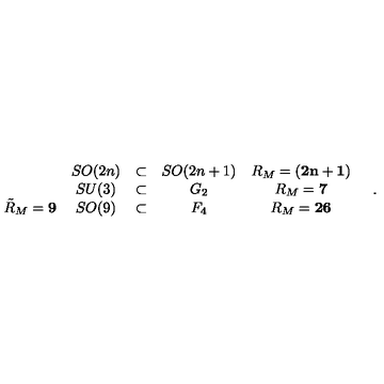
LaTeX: \begin{array} { c c c c c } { } & { S O ( 2 n ) } & { \subset } & { S O ( 2 n + 1 ) } & { R _ { M } = { \bf ( 2 n + 1 ) } } \\ { } & { S U ( 3 ) } & { \subset } & { G _ { 2 } } & { R _ { M } = { \bf 7 } } \\ { \tilde { R } _ { M } = { \bf 9 } } & { S O ( 9 ) } & { \subset } & { F _ { 4 } } & { R _ { M } = { \bf 2 6 } } \\ \end{array} \quad .